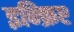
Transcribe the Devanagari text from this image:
इन्क्रिप्ट